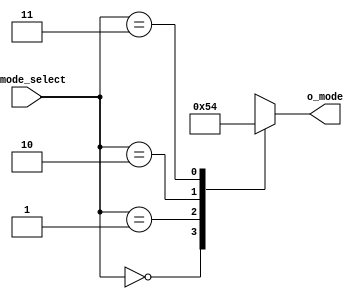
`timescale 1ns / 1ps

module MUX_led(
    input [1:0] i_mode_select,
    output [2:0] o_mode
    );

    reg [2:0] r_mode;
    assign o_mode = r_mode;

    always @(i_mode_select) begin
        case(i_mode_select)
        3'h0: r_mode = 3'b000;
        3'h1: r_mode = 3'b001;
        3'h2: r_mode = 3'b010;
        3'h3: r_mode = 3'b100;
        endcase
    end
endmodule